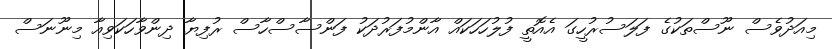
މިއަދުވެސް ނޫސްތަކުގެ ފަލަސުރުހީގަ އެއޮތީ ފުލުހަހަކައް އާންމުފަރުދަކު ފަންސާސްހާސް ރުފިޔާ ދިންވާހަކަވިއާ މިނޫނަސް